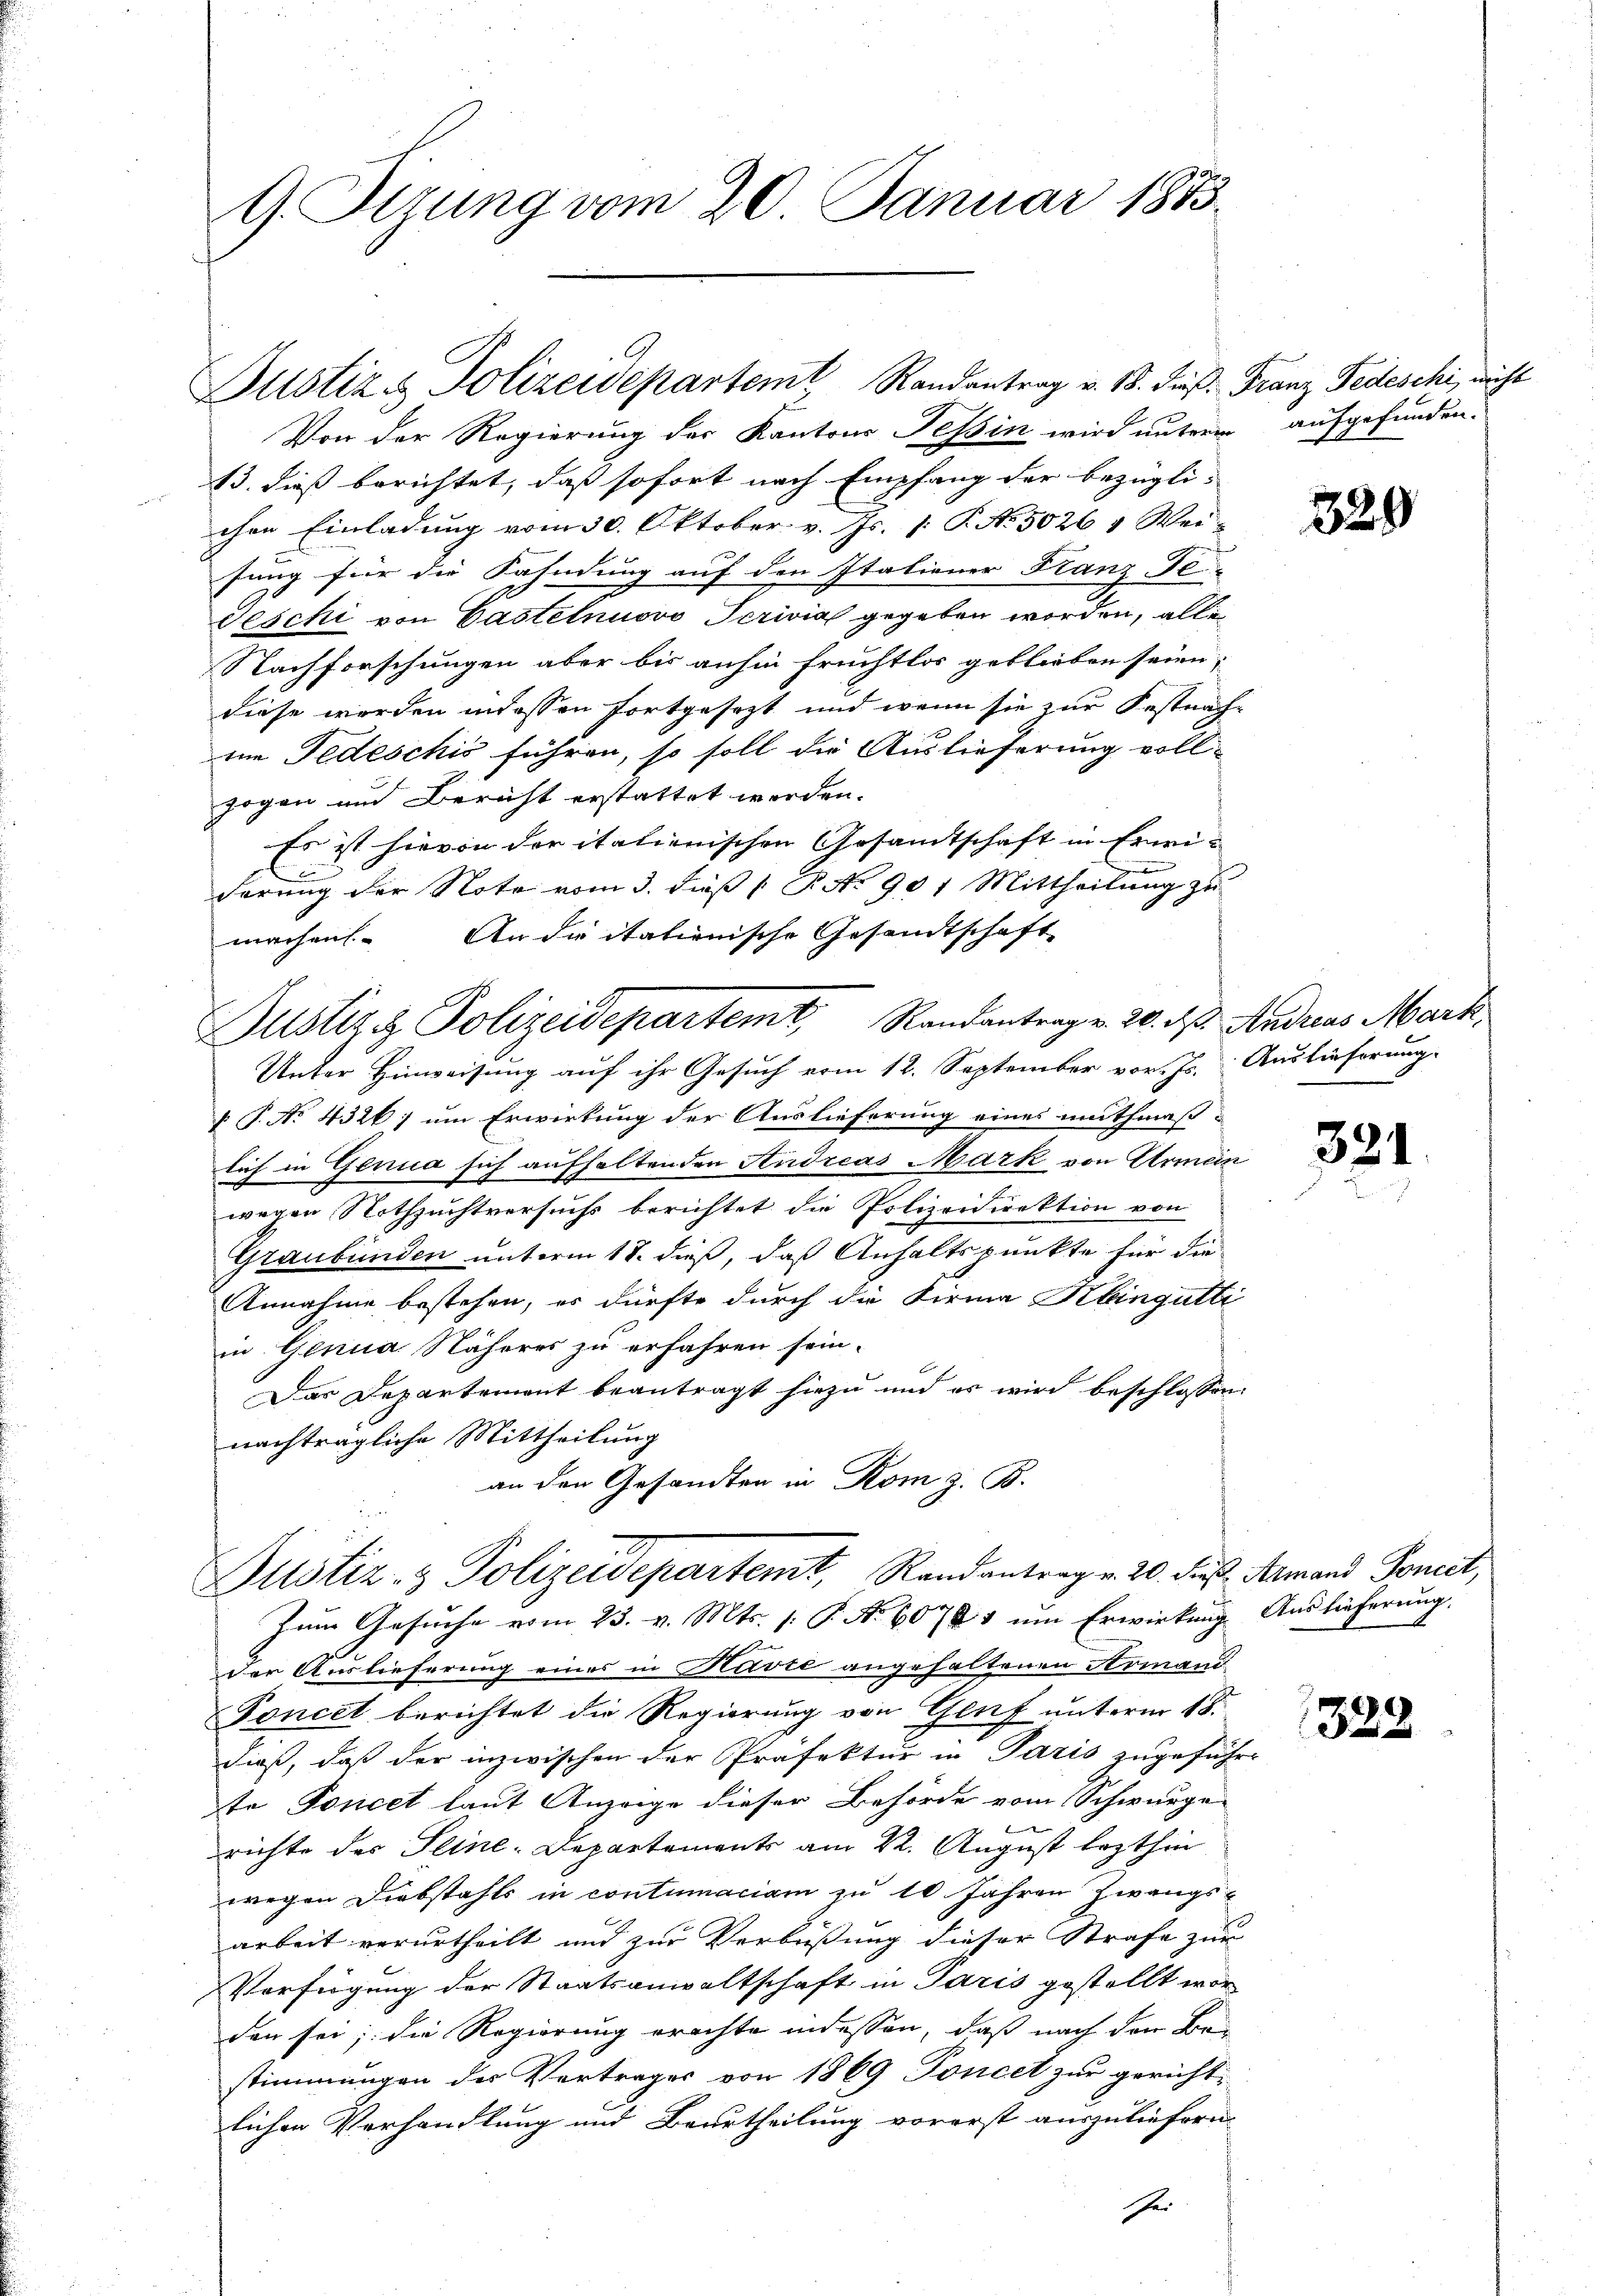
G. Dezung vom 20. Januar 1883.

Justiz & Polizeidepartemt Randantrag v. 18. dieß. Franz Fedeschi, nicht

Von der Regierung der Kantons Tessin wird unterm aufgefunden.
13. dieß berichtet, daß sofort nach Empfang der bezügli-
chen Einladung vom 30. Oktober v. Js. 1. P. No. 5026 1 Wei-
fung für die Fahndung auf den Italiener Franz Fe-
Teschi von Gastelnuovo Perivia gegeben worden, alle
Nachforschungen aber bis anhin fruchtlos geblieben seien,
diese werden indessen fortgesezt und wenn sie zur Festnach-
im Fedeschis führen, so soll die Auslieferung vollzogen und Bericht erstattet werden.
Es ist hievon der italienischen Gesandtschaft in Erwi¬
.
derung der Note vom 3. dieß P. No 901 Mittheilung zu
machen. Andritationische Gesandtschaft
Justiz & Polizeidepartemt, Randantrag v. 20. d. Andreas Mark
Unter Hinweisung auf ihr Gesuch vom 12. September vor. Js. Auslieferung
 P. No 4326; um Erwirkung der Auslieferung eines muthmaßlich in Genua sich aufhaltenden Andreas Mark von Armen
wegen Nothzuchtversuchs berichtet die Polizeidirektion von
Graubünden unterm 18. dieß, daß Anhaltspunkte für die
Annahme bestehen, es dürfte durch die Firma Klingütti
in Genua Näheres zu erfahren sein.
Das Departement beantragt hiezu und es wird beschlossen:
nachträgliche Mittheilung
an den Gesandten in Rom z. B.

Justiz- & Polizeidepartent, Randantrag v. 20. dies Armand Sonet,
Zum Gesuche vom 23. v. Mts. (: P. Nr. 60781 um Erwirkung Auslieferung,

der Auslieferung eines in Navre angehaltenen Armand
Foncet berichtet die Regierung von Genf unterm 18.
dieß, daß der inzwischen der Präfektur in Paris zugeführ-
te Toncet laut Anzeige dieser Behörde vom Schwurge-
kenen |
richte des Seine-Departements am 22. August lezthin
wegen Diebstahls in contumaciam zu 10 Jahren Zwangs-
arbeit verurtheilt und zur Verbüßung dieser Strafe zur
Verfügung der Staatsanwaltschaft in Paris gestellt wor
den sei; die Regierung erachte indessen, daß nach den Bei
stimmungen der Vertrages von 1869 Poncet zur gericht-
lichen Verhandlung und Beurtheilung vorerst auszuliefern.
shei

329

321

1328